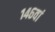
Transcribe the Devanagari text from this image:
१४६वां